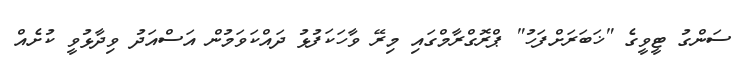
ސަންގު ޓީވީގެ "ޚަބަރަށްފަހު" ޕްރޮގްރާމްގައި މިރޭ ވާހަކަފުޅު ދައްކަވަމުން އަސްއަދު ވިދާޅުވީ ކުށެއް